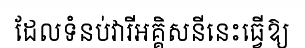
ដែលទំនប់វារីអគ្គិសនីនេះធ្វើឱ្យ